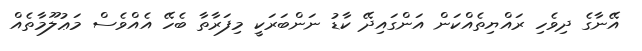
އޭނާގެ ދިވެހި ރައްޔިތެއްކަން އަންގައިދޭ ކާޑު ނަންބަރަކީ މިފަރާތާ ބެހޭ އެއްވެސް މަޢުލޫމާތެއް